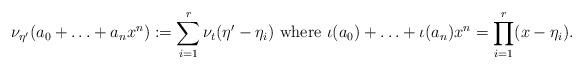
LaTeX: \begin{align*}\nu_{\eta'}(a_0+\ldots+a_nx^n):=\sum_{i=1}^r\nu_t(\eta'-\eta_i)\mbox{ where }\iota(a_0)+\ldots+\iota(a_n)x^n=\prod_{i=1}^r(x-\eta_i).\end{align*}